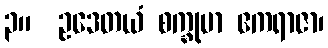
၃။  ဥဒေတယံ စက္ခုမာ ဧကရာဇာ၊